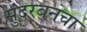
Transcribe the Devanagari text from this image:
सुंदरबनचा